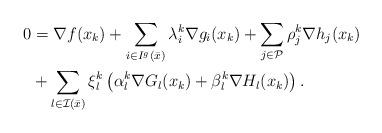
LaTeX: \begin{align*}\begin{aligned}0&=\nabla f(x_k)+\sum\limits_{i\in I^g(\bar x)}\lambda_i^k\nabla g_i(x_k)+\sum\limits_{j\in\mathcal P}\rho_j^k\nabla h_j(x_k)\\&+\sum\limits_{l\in \mathcal I(\bar x)}\xi^k_l\left(\alpha^k_l\nabla G_l(x_k)+\beta^k_l\nabla H_l(x_k)\right).\end{aligned}\end{align*}